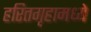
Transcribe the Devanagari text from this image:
हरितगृहामध्ये